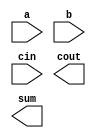
// Make 3 instances of full-adder to create a 3-bit binary ripple-carry adder. 
// The adder adds two 3-bit numbers and a carry-in to produce a 3-bit sum and carry out. 
// To encourage you to actually instantiate full adders, also output the carry-out from 
// each full adder in the ripple-carry adder. cout[2] is the final carry-out from the last 
// full adder, and is the carry-out you usually see.

module top_module( 
    input [2:0] a, b,
    input cin,
    output [2:0] cout,
    output [2:0] sum );

    // Insert your code here

endmodule